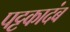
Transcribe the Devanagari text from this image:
पट्टकादंब